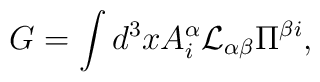
G= \int d^3x A^{\alpha}_i {\cal L}_{\alpha \beta} \Pi^{\beta i},